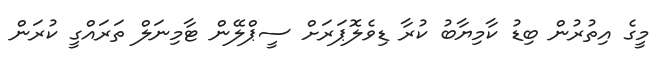
މީގެ އިތުރުން ބިޑު ކާމިޔާބު ކުރާ ޑިވެލޮޕަރަށް ސީޕްލޭން ޓާމިނަލް ތަރައްގީ ކުރަން